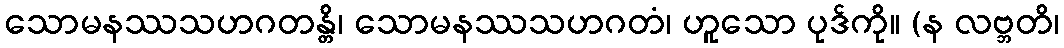
သောမနဿသဟဂတန္တိ၊ သောမနဿသဟဂတံ၊ ဟူသော ပုဒ်ကို။ (န လဗ္ဘတိ၊